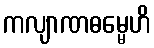
ကလျာဏဓမ္မေဟိ